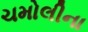
ચમોલીના